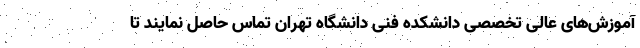
آموزش‌های عالی تخصصی دانشکده فنی دانشگاه تهران تماس حاصل نمایند تا